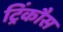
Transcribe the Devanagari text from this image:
ट्रिंकौस